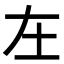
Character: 𡉄